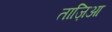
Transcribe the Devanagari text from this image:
ताज़िआ